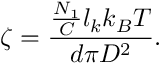
\zeta = \frac { \frac { N _ { 1 } } { C } l _ { k } k _ { B } T } { d \pi D ^ { 2 } } .